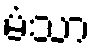
မံသာ